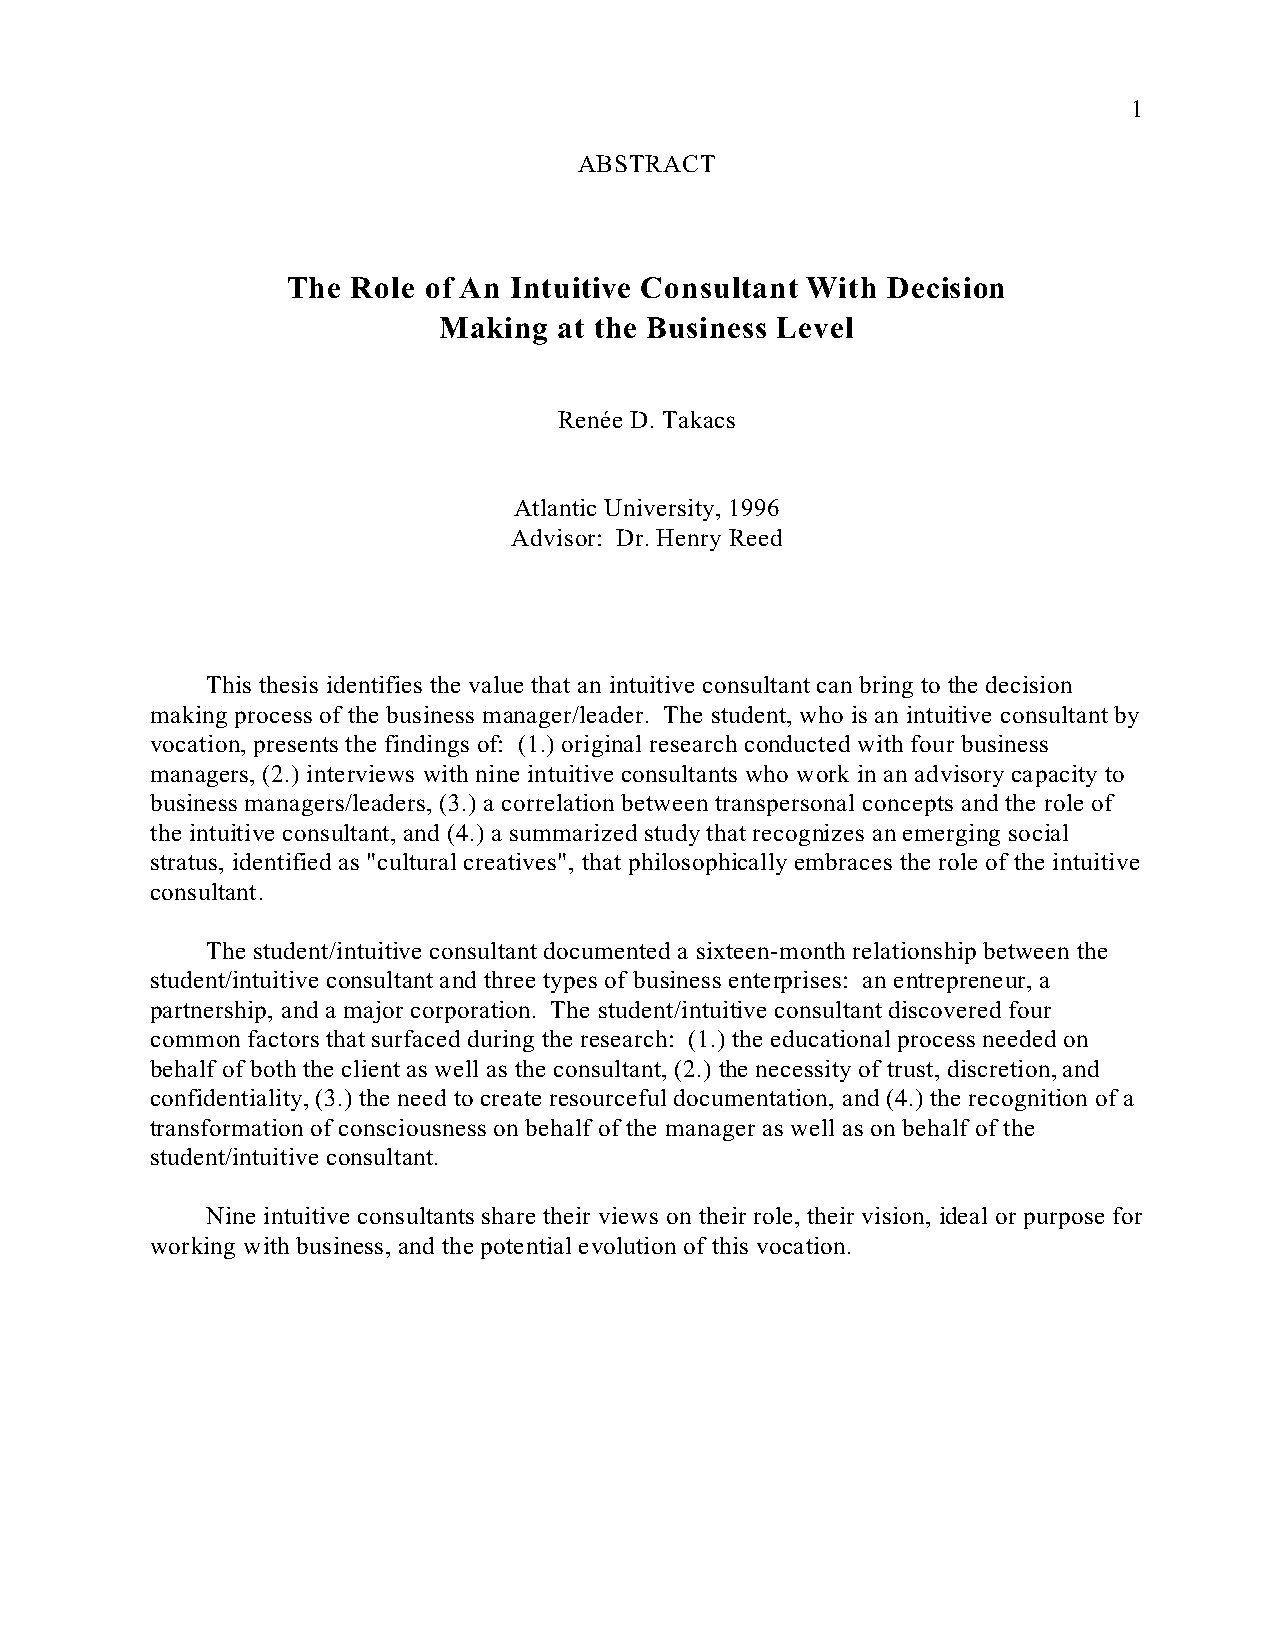
1
 ABSTRACT
 The Role of An Intuitive Consultant With Decision
 Making  at the Business Level
 Renée D. Takacs
 Atlantic University, 1996
 Advisor: Dr. Henry Reed
 This thesis identifies the value that an intuitive consultant can bring to the decision
 making process of the business manager/leader. The student, who is an intuitive consultant by
 vocation, presents the findings of: (1.) original research conducted with four business
 managers, (2.) interviews with nine intuitive consultants who work in an advisory capacity to
 business managers/leaders, (3.) a correlation between transpersonal concepts and the role of
 the intuitive consultant, and (4.) a summarized study that recognizes an emerging social
 stratus, identified as "cultural creatives", that philosophically embraces the role of the intuitive
 consultant.
 The student/intuitive consultant documented a sixteen-month relationship between the
 student/intuitive consultant and three types of business enterprises: an entrepreneur, a
 partnership, and a major corporation. The student/intuitive consultant discovered four
 common factors that surfaced during the research: (1.) the educational process needed on
 behalf of both the client as well as the consultant, (2.) the necessity of trust, discretion, and
 confidentiality, (3.) the need to create resourceful documentation, and (4.) the recognition of a
 transformation of consciousness on behalf of the manager as well as on behalf of the
 student/intuitive consultant.
 Nine intuitive consultants share their views on their role, their vision, ideal or purpose for
 working with business, and the potential evolution of this vocation.